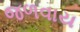
જળવાય